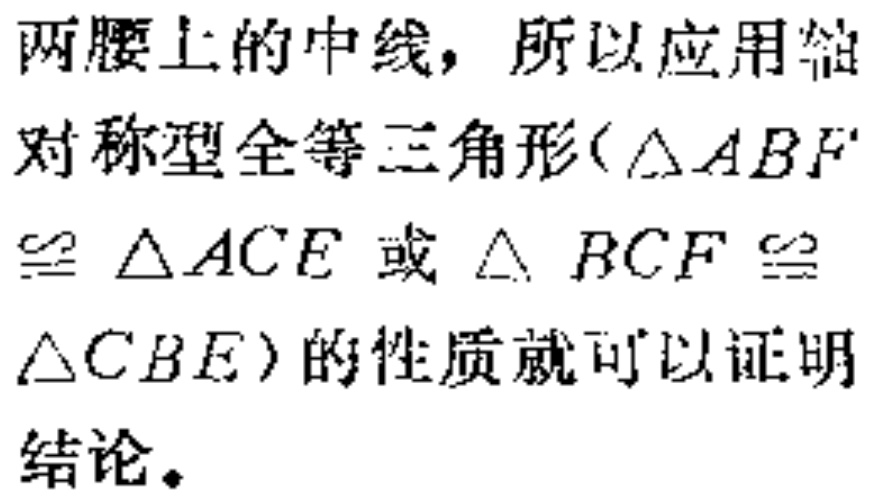
两腰上的中线，所以应用轴对称型全等三角形($\triangle ABF'\cong \triangle ACE$或$\triangle BCF\cong \triangle CBE$)的性质就可以证明结论。